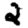
Digit: 2